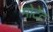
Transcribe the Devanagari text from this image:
मोटेट